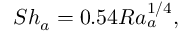
S h _ { a } = 0 . 5 4 R a _ { a } ^ { 1 / 4 } ,